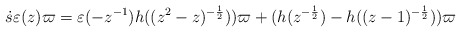
\begin{align*} \dot{s}\varepsilon(z)\varpi=\varepsilon(-z^{-1})h((z^2-z)^{-\frac{1}{2}}))\varpi+ ( h(z^{-\frac{1}{2}})-h((z-1)^{-\frac{1}{2}}))\varpi\end{align*}